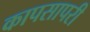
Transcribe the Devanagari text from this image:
कापसापरी